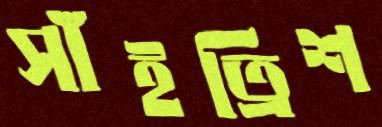
সাঁইত্রিশ